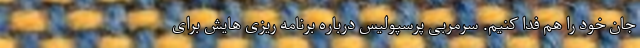
جان خود را هم فدا کنیم. سرمربی پرسپولیس درباره برنامه ریزی هایش برای